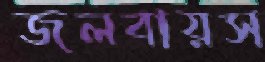
জলবায়স